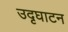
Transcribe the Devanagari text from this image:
उदृघाटन